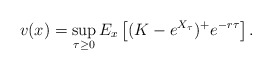
\begin{align*}v(x)=\sup_{\tau\geq 0}E_x\left[(K-e^{X_{\tau}})^+e^{-r\tau}\right] .\end{align*}